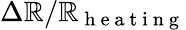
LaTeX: \Delta\mathbb{R}/\mathbb{R}_{\mathrm{{~h~e~a~t~i~n~g~}}}